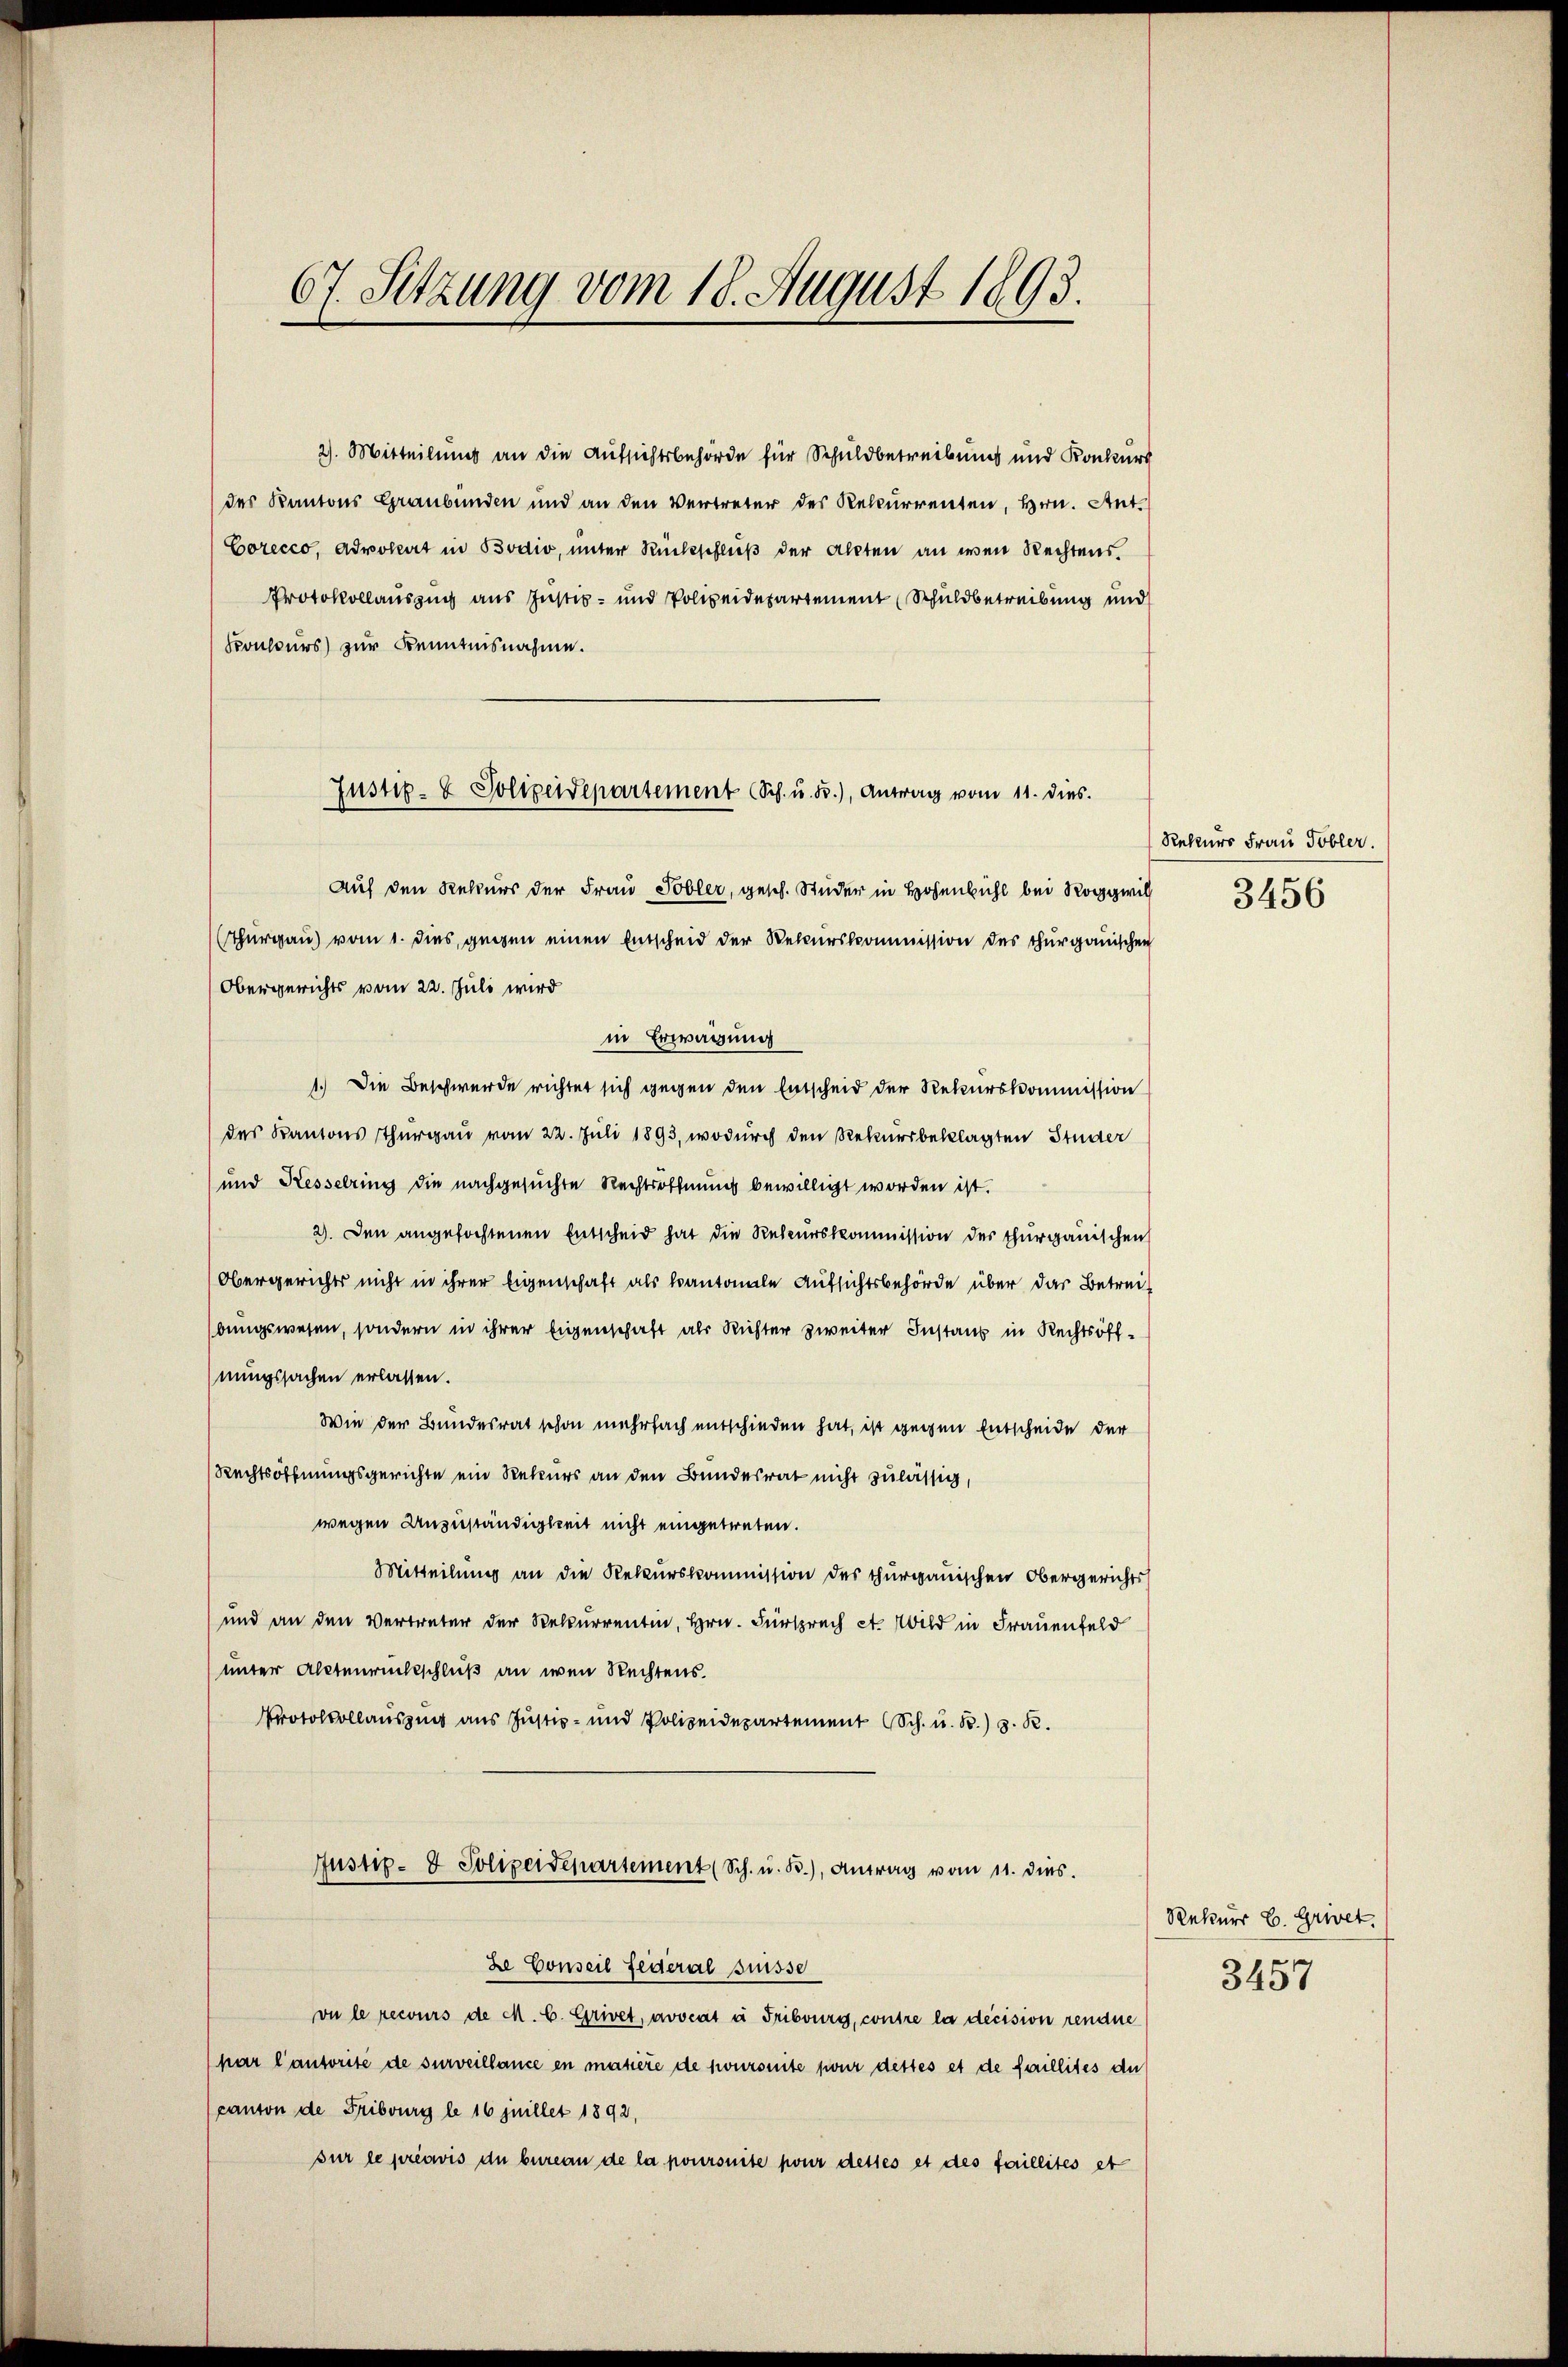
67. Sitzung vom 18. August 1893.

2). Mitteilung an die Aufsichtsbehörde für Schuldbetreibung und Konkurs
des Kantons Graubünden und an den Vertreter des Rekurrenten, Hrn. Ant.
Corecco, Advokat in Bodio, unter Rückschluß der Akten an wen Rechtens
PProtokollauszug aus Justiz- und Polizeidepartement Schuldbetreibung und
Sonkurs zur Kenntnisnahme.
Auf den Rekurs der Frau Tobler, gesch. Studer in Hosenbühl bei Roggwil
Thurgau vom 1. dies, gegen einen Entscheid der Welcurskommission des Thurgauischen
Obergerichts vom 22. Juli wird
in Erwägung
1.) Die Beschwerde richtet sich gegen den Entscheid der Rekurskommission
des Kantons Thurgau vom 22. Juli 1893, wodurch den Rekursbeklagten Studer
und Kesselring die nachgesuchte Rechtsoffnung bewilligt worden ist.
2). Den angefochtenen Entscheid hat die Rekurskommission des Thurgauischen
Obergerichts nicht in ihrer Eigenschaft als kantonale Aufsichtsbehörde über das Betreibungswesen, sondern in ihrer Eigenschaft als Richter zweiter Instand in Rechtsoffnungssachen erlassen.
Wie der Bundesrat schon mehrfach entschieden hat, ist gegen Entscheide der
Rechtsöffnungsgerichte ein Rekurs an den Bundesrat nicht zulässig,
wegen Anzuständigkeit nicht eingetreten.
Mitteilung an die Rekurskommission des Thurgauischen Obergerichts
und an den Vertreter der Rekurrentin, Hrn. Fürspruch et. Wild in Frauenfeld
unter Altenrückschluß an iren Rechtens.
Protokollauszug aus Justiz- und Polizeidepartement (Sch. u. s. z. R.
Justiz- & Polizeidepartement (Sch. u. B.), Antrag vom 11. dies.
ze Conseil Federal Suisse
vu le recours de M. C. Grivet, avocat à Fribourg, contre la decision rendue
par l’autorité de surveillance en matière de joursuite pour dettes et de faillites de
canton de Fribourg le 16 juillet 1892,
sur le précis du bureau de la poursuite pour desses et des faillités et

Justiz- & Polizeidepartement (Sch. u. F.), Antrag vom 11. dies

Rekurs Frau Tobler.
3456

Rekurs E. Grivet.

3457